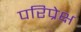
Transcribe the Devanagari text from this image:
परिप्रेक्ष